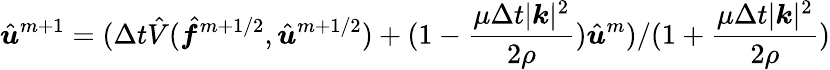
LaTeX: \hat{\boldsymbol u}^{m+1}=(\Delta t\hat{V}(\hat{\boldsymbol f}^{m+1/2},\hat{\boldsymbol u}^{m+1/2})+(1-\frac{\mu\Delta t|\boldsymbol k|^{2}}{2\rho})\hat{\boldsymbol u}^{m})/(1+\frac{\mu\Delta t|\boldsymbol k|^{2}}{2\rho})